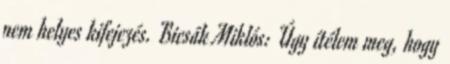
nem helyes kifejezés. Bicsák Miklós: Úgy ítélem meg, hogy